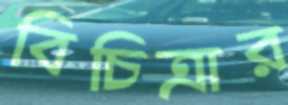
বিচিত্রার